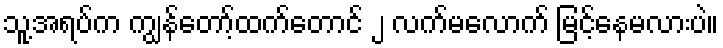
သူ့အရပ်က ကျွန်တော့်ထက်တောင် ၂ လက်မလောက် မြင့်နေမလားပဲ။